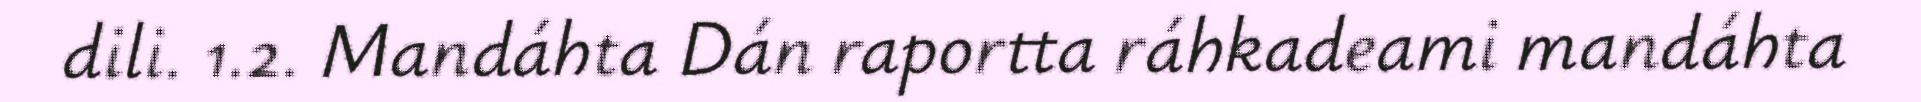
dili. 1.2. Mandáhta Dán raportta ráhkadeami mandáhta